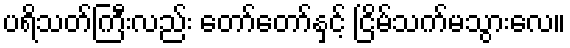
ပရိသတ်ကြီးလည်း တော်တော်နှင့် ငြိမ်သက်မသွားလေ။